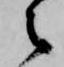
之